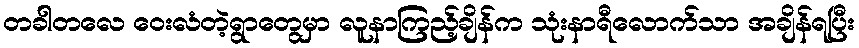
တခါတလေ ဝေးလံတဲ့ရွာတွေမှာ လူနာကြည့်ချိန်က သုံးနာရီလောက်သာ အချိန်ရပြီး